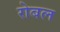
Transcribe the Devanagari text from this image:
रोबल